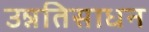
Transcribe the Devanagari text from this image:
उन्नतिसाधन